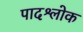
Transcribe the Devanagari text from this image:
पादश्लोक